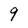
Character: 9